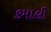
કમાલી